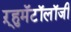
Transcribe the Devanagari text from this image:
ऱ्हुमॅटॉलॉजी